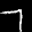
Label: 7